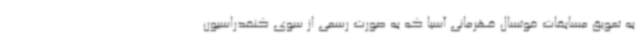
به تعویق مسابقات فوتسال قهرمانی آسیا که به صورت رسمی از سوی کنفدراسیون